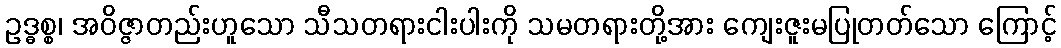
ဥဒ္ဓစ္စ၊ အဝိဇ္ဇာတည်းဟူသော သီသတရားငါးပါးကို သမတရားတို့အား ကျေးဇူးမပြုတတ်သော ကြောင့်